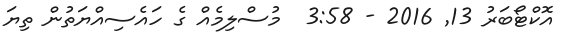
އޮކްޓޯބަރު 13